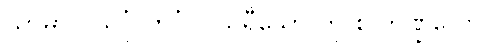
သာမာ ပိယင်္ဂု ကင်္ဂုပိ၊ သိရီသော တု စ ဘဏ္ဍိလော။